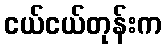
ငယ်ငယ်တုန်းက